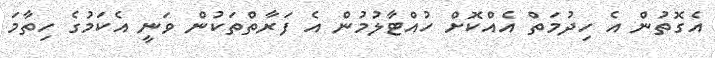
އެގޮތުން އެ ހިދުމަތް އެއްކޮށް ހުއްޓާލުމުން އެ ފަރާތްތަކުން ވަނީ އެކަމުގެ ހިތާމަ